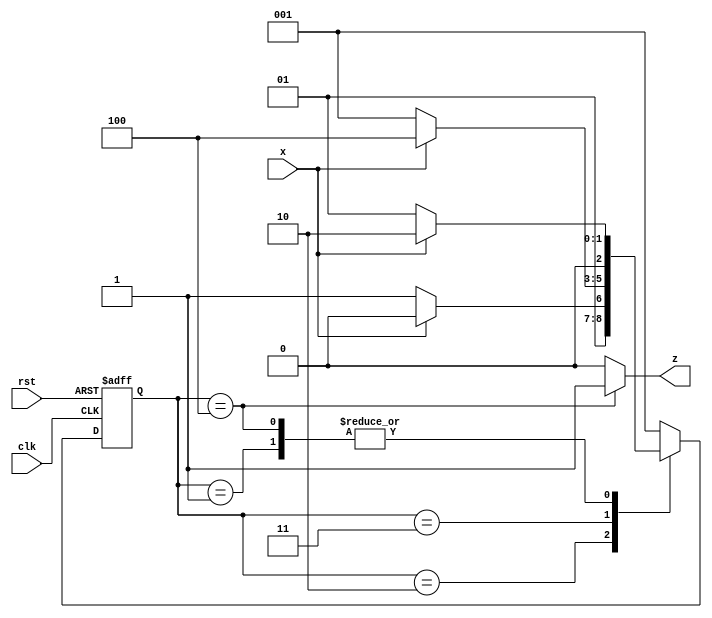
module mealy_1010 (input clk, rst, x, output z);
  parameter A = 4'h1;
  parameter B = 4'h2;
  parameter C = 4'h3;
  parameter D = 4'h4;
  
  reg [2:0] state, next_state;
  always @(posedge clk or negedge rst) begin
    if(!rst) begin 
      state <= A;
    end
    else state <= next_state;
  end
  
  always @(state or x) begin
    case(state)
      A: begin
           if(x == 0) next_state = A;
           else       next_state = B;
         end
      B: begin
           if(x == 0) next_state = C;
           else       next_state = B;
         end
      C: begin
           if(x == 0) next_state = A;
           else       next_state = D;
         end
      D: begin
        if(x == 0) next_state = A; 
           else       next_state = B;
         end
      default: next_state = A;
    endcase
  end
  assign z = (state == D)? 1:0;
endmodule